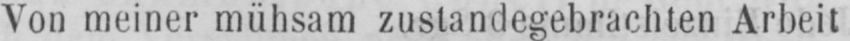
Von meiner mühsam zustandegebrachten Arbeit